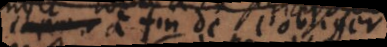
à fin de l’obliger